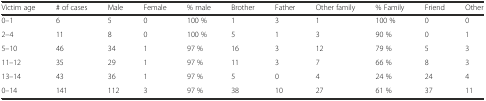
| Victim age | # of cases | Male | Female | % male | Brother | Father | Other family | % Family | Friend | Other |
 | --- | --- | --- | --- | --- | --- | --- | --- | --- | --- | --- |
 | 0–1 | 6 | 5 | 0 | 100 % | 1 | 3 | 1 | 100 % | 0 | 0 |
 | 2–4 | 11 | 8 | 0 | 100 % | 5 | 1 | 3 | 90 % | 0 | 1 |
 | 5–10 | 46 | 34 | 1 | 97 % | 16 | 3 | 12 | 79 % | 5 | 3 |
 | 11–12 | 35 | 29 | 1 | 97 % | 11 | 3 | 7 | 66 % | 8 | 3 |
 | 13–14 | 43 | 36 | 1 | 97 % | 5 | 0 | 4 | 24 % | 24 | 4 |
 | 0–14 | 141 | 112 | 3 | 97 % | 38 | 10 | 27 | 61 % | 37 | 11 |